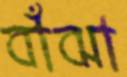
বাঁঝা